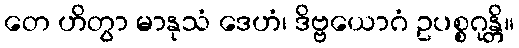
တေ ဟိတွာ မာနုသံ ဒေဟံ၊ ဒိဗ္ဗယောဂံ ဥပစ္စဂုန္တိ။